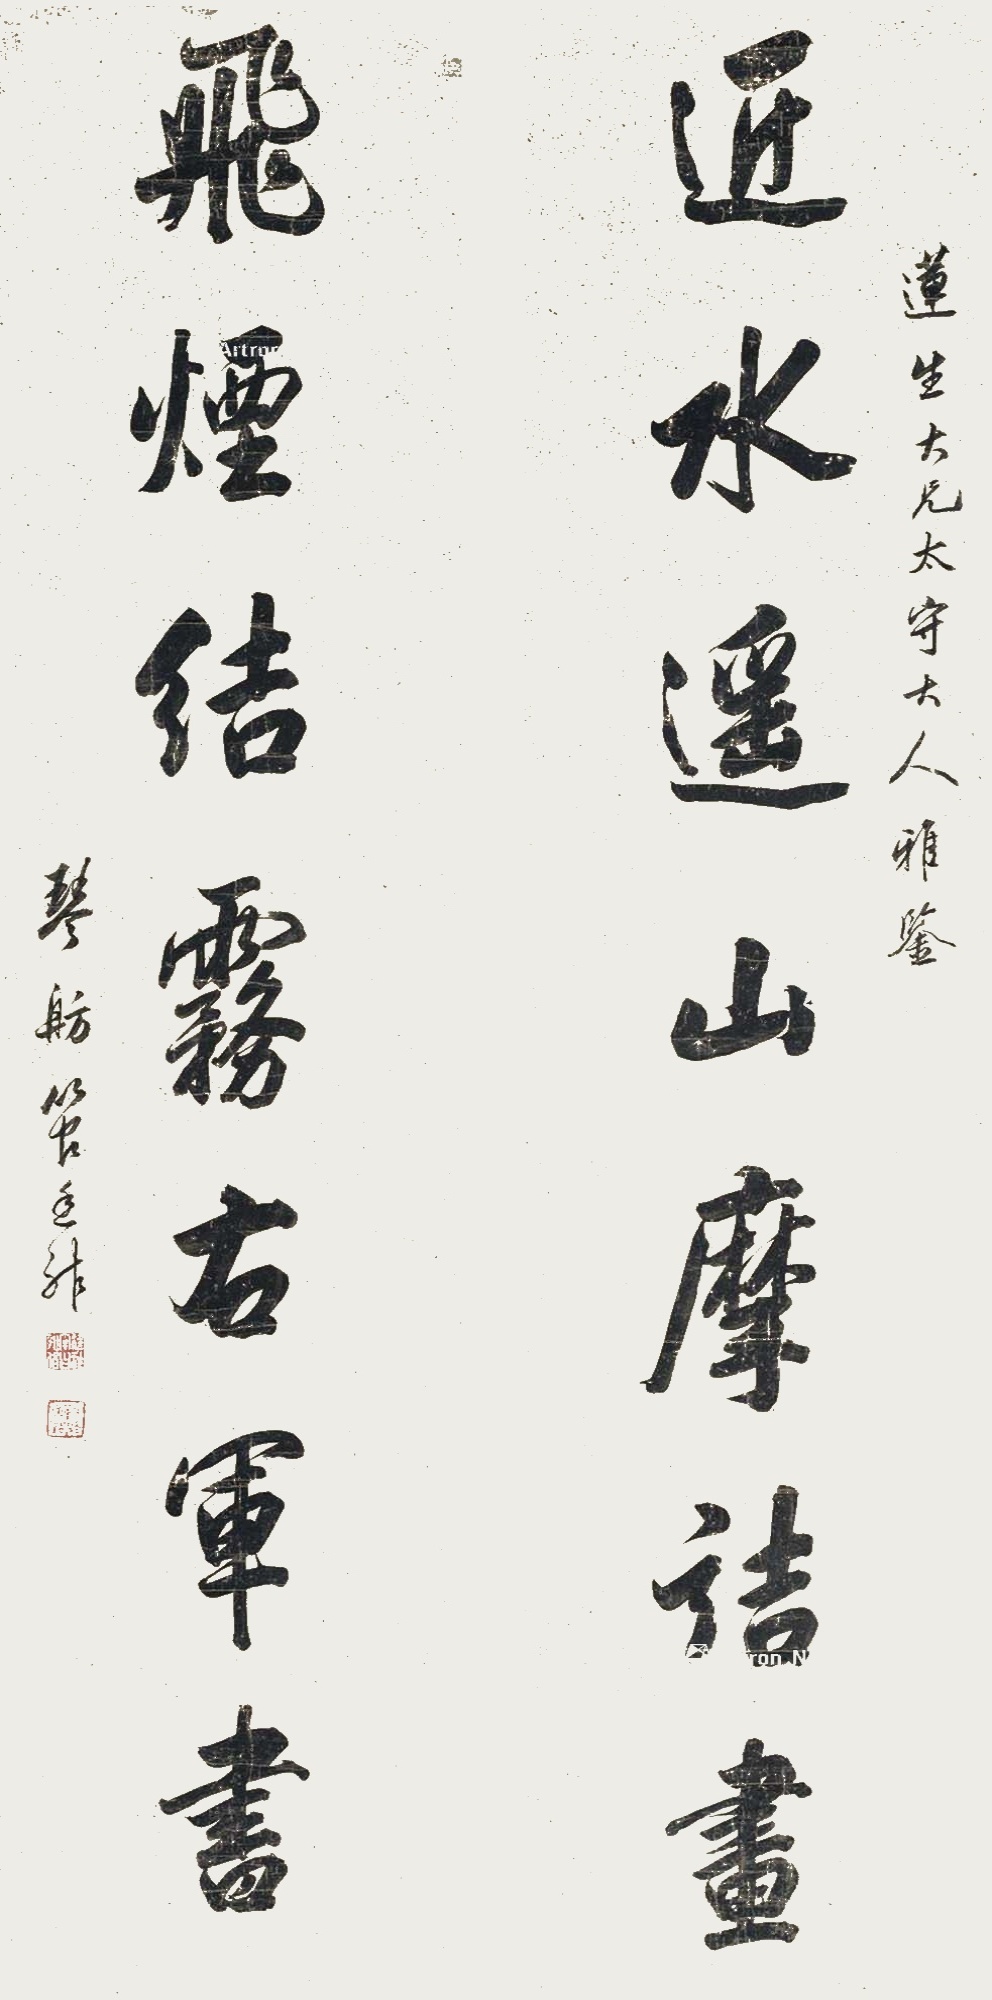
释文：近水遥山摩诘画，飞烟结雾右军书。莲生大兄太守大人雅鉴，琴舫管廷祚。